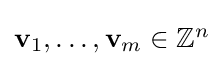
\textstyle \mathbf {v} _{1},\ldots ,\mathbf {v} _{m}\in \mathbb {Z} ^{n}